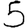
Digit: 5